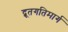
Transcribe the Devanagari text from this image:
द्रूतगतिमार्ग